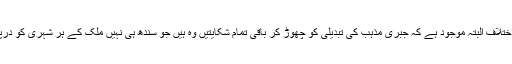
میرا یہ اختلاف البتہ موجود ہے کہ جبری مذہب کی تبدیلی کو چھوڑ کر باقی تمام شکایتیں وہ ہیں جو سندھ ہی نہیں ملک کے ہر شہری کو درپیش ہیں۔